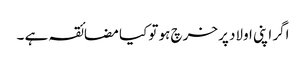
اگر اپنی اولاد پر خرچ ہو تو کیا مضائقہ ہے ۔